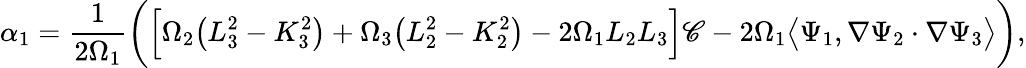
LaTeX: \alpha_{1}=\frac{1}{2\Omega_{1}}\bigg(\Big[\Omega_{2}\big(L_{3}^{2}-K_{3}^{2}\big)+\Omega_{3}\big(L_{2}^{2}-K_{2}^{2}\big)-2\Omega_{1}L_{2}L_{3}\Big]\mathscr{C}-2\Omega_{1}\big\langle\Psi_{1},\nabla\Psi_{2}\cdot\nabla\Psi_{3}\big\rangle\bigg),